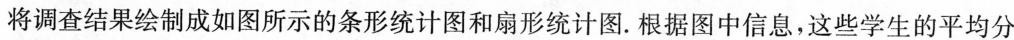
将调查结果绘制成如图所示的条形统计图和扇形统计图。根据图中信息，这些学生的平均分